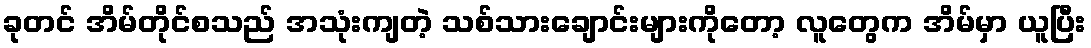
ခုတင် အိမ်တိုင်စသည် အသုံးကျတဲ့ သစ်သားချောင်းများကိုတော့ လူတွေက အိမ်မှာ ယူပြီး